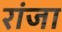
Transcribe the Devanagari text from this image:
रांजा